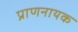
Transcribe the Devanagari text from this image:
प्राणनायक